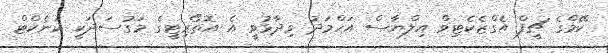
ކޭމްގެ ޗީފް އެގްޒެކެޓިވް އިލްޔާސް އަހްމަދު ވިދާޅުވީ އެ އޮތޯރިޓީގެ މަގުސަދަކީ ކަނެކްޓް